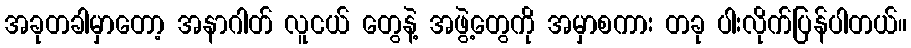
အခုတခါမှာတော့ အနာဂါတ် လူငယ် တွေနဲ့ အဖွဲ့တွေကို အမှာစကား တခု ပါးလိုက်ပြန်ပါတယ်။